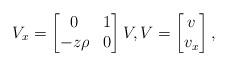
LaTeX: \begin{align*}V_x=\begin{bmatrix} 0&1\\-z\rho &0 \end{bmatrix}V , V=\begin{bmatrix}v\\v_x\end{bmatrix}, \end{align*}